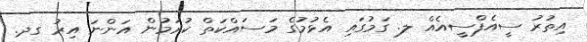
އިތުރު ސީއެފްސީއެއް ލ. ގަމުގައި އެޅުމުގެ މަސައްކަތް ކުރަމުން އަންނަ އިރު ގދ.